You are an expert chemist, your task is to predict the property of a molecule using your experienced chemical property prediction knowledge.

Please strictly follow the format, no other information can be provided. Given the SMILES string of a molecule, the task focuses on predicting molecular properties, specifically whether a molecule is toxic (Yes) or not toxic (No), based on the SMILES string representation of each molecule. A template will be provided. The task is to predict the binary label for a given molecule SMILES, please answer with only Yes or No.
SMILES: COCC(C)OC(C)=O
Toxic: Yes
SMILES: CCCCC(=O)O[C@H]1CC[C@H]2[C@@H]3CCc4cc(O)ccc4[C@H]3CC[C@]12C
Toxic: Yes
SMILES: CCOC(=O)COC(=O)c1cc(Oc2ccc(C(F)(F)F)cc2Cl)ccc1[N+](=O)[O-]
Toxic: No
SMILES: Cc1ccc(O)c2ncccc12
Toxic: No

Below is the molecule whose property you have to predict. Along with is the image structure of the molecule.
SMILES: COc1ccc(C(=O)NCc2ccc(OCCN(C)C)cc2)cc1OC
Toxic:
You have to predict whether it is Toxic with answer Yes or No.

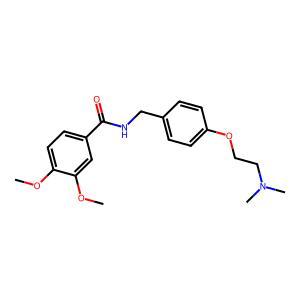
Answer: No